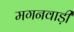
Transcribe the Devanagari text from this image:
मगनवाड़ी